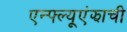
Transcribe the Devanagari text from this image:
एन्फ्ल्यूएंझाची